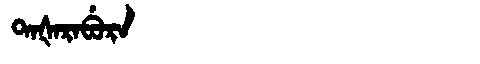
Manchu: ᡨᠠᡧᠠᡵᠠᠪᡠᡵᠠ
Romanization: TAŠARABURA